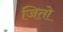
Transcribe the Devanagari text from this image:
जितो